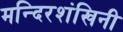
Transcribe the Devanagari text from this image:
मन्दिरशंखिनी